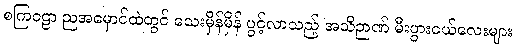
စကြဝဠာ ညအမှောင်ထဲတွင် သေးမှိန်မှိန် ပွင့်လာသည့် အသိဉာဏ် မီးပွားငယ်လေးများ